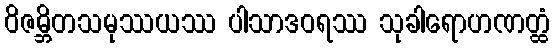
ဝိဇမ္ဘိတသမုဿယဿ ပါသာဒဝရဿ သုခါရောဟဏတ္ထံ